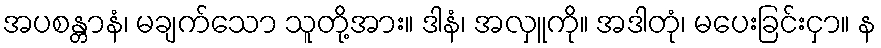
အပစန္တာနံ၊ မချက်သော သူတို့အား။ ဒါနံ၊ အလှူကို။ အဒါတုံ၊ မပေးခြင်းငှာ။ န